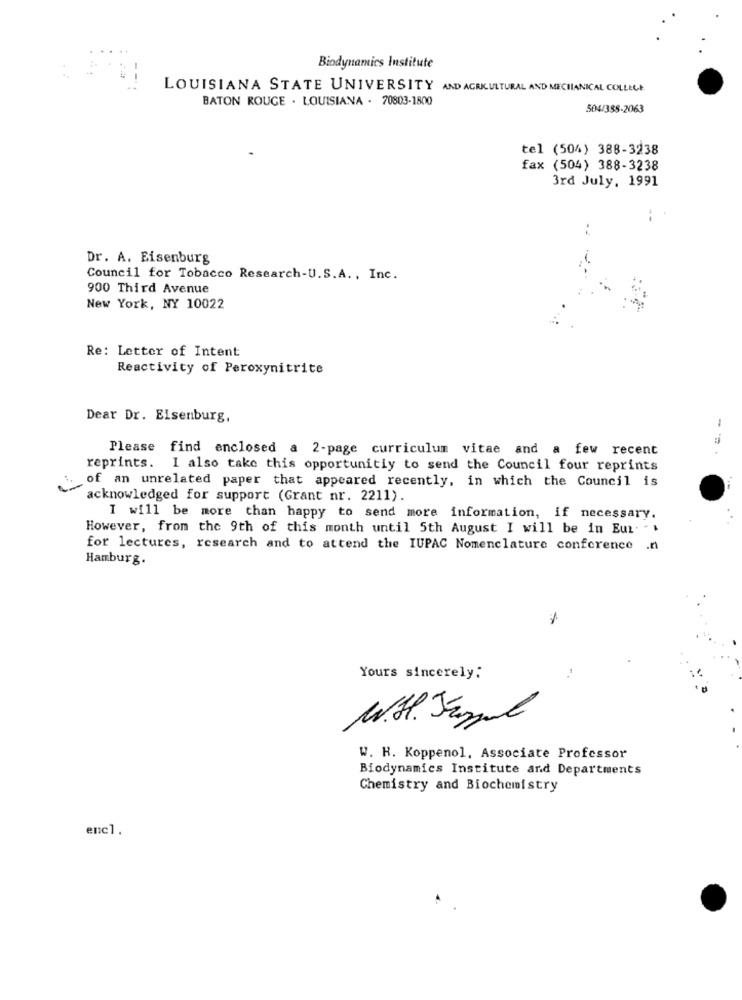
Biodynamics Institute
LOUISIANA STATE UNIVERSITY AND AGRICULTURAL AND MECHANICAL COLLEGE
BATON ROUGE . LOUISIANA - 70803-1800
504/388-2063
tel (504) 388-3238
fax (504) 388-3238
3rd July, 1991
Dr. A. Eisenburg
Council for Tobacco Research-U.S.A ., Inc.
900 Third Avenue
New York, NY 10022
Re: Letter of Intent
Reactivity of Peroxynitrite
Dear Dr. Eisenburg,
Please find enclosed a 2-page curriculum vitae and a few recent
reprints. I also take this opportunitiy to send the Council four reprints
of an unrelated paper that appeared recently, in which the Council is
acknowledged for support (Grant nr. 2211).
I will be more than happy to send more information, if necessary.
However, from the 9th of this month until 5th August I will be in Eur. ..
for lectures, research and to attend the IUPAC Nomenclature conference .n
Hamburg.
Yours sincerely:
W.H. Jappul
W. H. Koppenol, Associate Professor
Biodynamics Institute and Departments
Chemistry and Biochemistry
enc1.